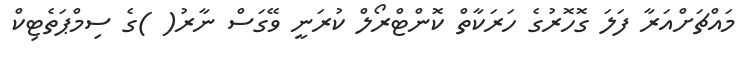
މައްޗަށްއަރާ ފަލަ ގޮހޮރުގެ ހަރަކާތް ކޮންޓްރޯލް ކުރަނީ ވޭގަސް ނާރު( )ގެ ސިމްޕަތެޓިކް